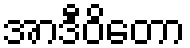
အာဒီဝိတော